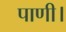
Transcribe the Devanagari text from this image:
पाणी।